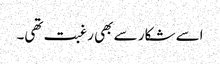
اسے شکار سے بھی رغبت تھی۔